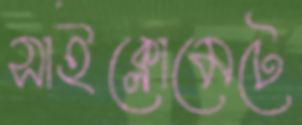
সাইক্লোমেটে